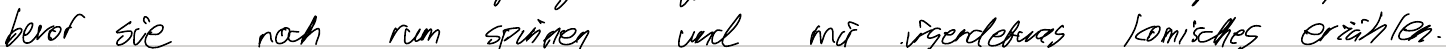
bevor sie noch rum spinnen und mir irgendwas komisches erzählen.